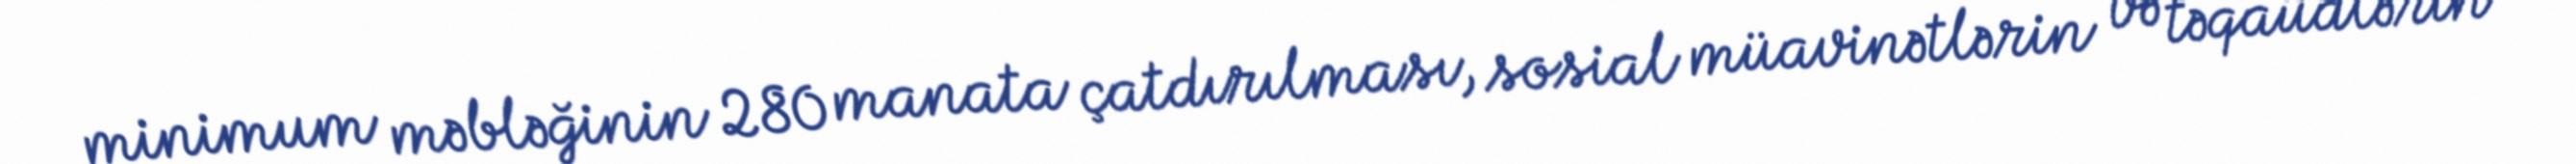
minimum məbləğinin 280 manata çatdırılması, sosial müavinətlərin və təqaüdlərin